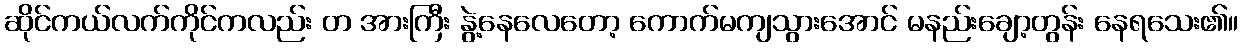
ဆိုင်ကယ်လက်ကိုင်ကလည်း တ အားကြီး နွဲ့နေလေတော့ ကောက်မကျသွားအောင် မနည်းချော့တွန်း နေရသေး၏။